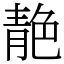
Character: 靘